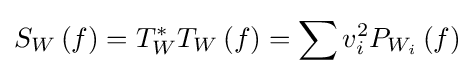
S_{W}\left(f\right)=T_{W}^{\ast }T_{W}\left(f\right)=\sum v_{i}^{2}P_{W_{i}}\left(f\right)